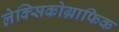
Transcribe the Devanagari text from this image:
लेक्सिकोग्राफिक